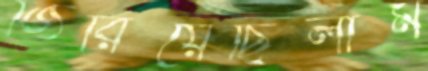
জিরিয়েছিলাম